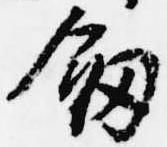
剣